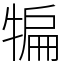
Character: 犏